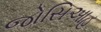
જોસિઆહ